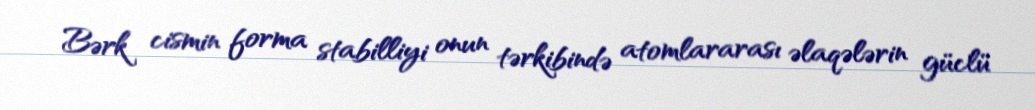
Bərk cismin forma stabilliyi onun tərkibində atomlararası əlaqələrin güclü